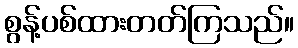
စွန့်ပစ်ထားတတ်ကြသည်။